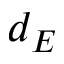
d _ { E }